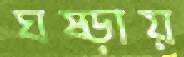
ঘষ্‌ড়ায়